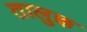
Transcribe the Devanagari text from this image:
तालुक्क